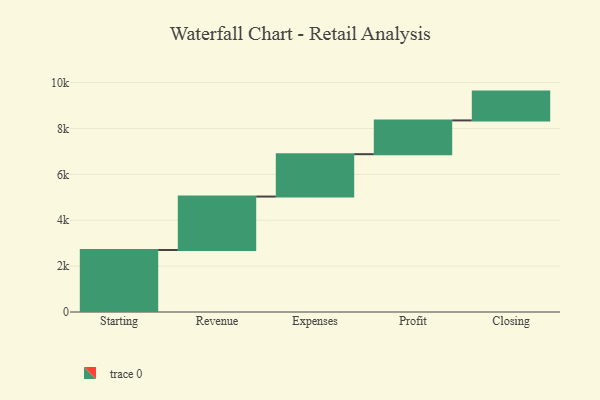
{"axis": {"x": "Step", "y": "Value"}, "legend": [""], "data": [{"x": "Starting", "y": 2704.0, "type": ""}, {"x": "Revenue", "y": 2329.0, "type": ""}, {"x": "Expenses", "y": 1847.0, "type": ""}, {"x": "Profit", "y": 1473.0, "type": ""}, {"x": "Closing", "y": 1256.0, "type": ""}]}